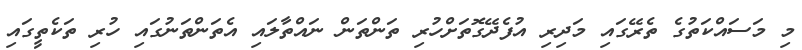
މި މަސައްކަތުގެ ތެރޭގައި މަދިރި އުފެދޭގޮތަށްހުރި ތަންތަން ނައްތާލައި އެތަންތަނުގައި ހުރި ތަކެތީގައި